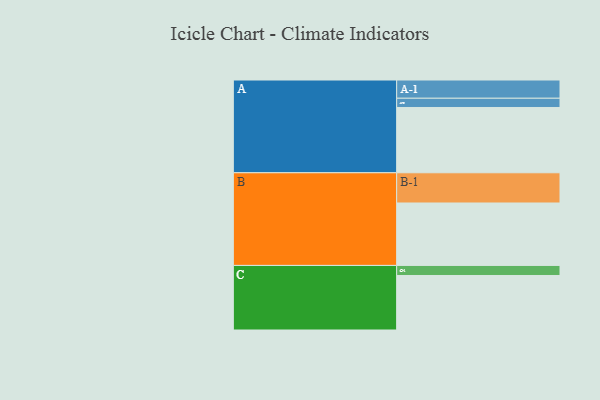
{"axis": {"x": "Segment", "y": "Value"}, "legend": ["", "A", "B", "C"], "data": [{"x": "A", "y": 551, "type": ""}, {"x": "B", "y": 527, "type": ""}, {"x": "C", "y": 460, "type": ""}, {"x": "A-1", "y": 154, "type": "A"}, {"x": "A-2", "y": 78, "type": "A"}, {"x": "B-1", "y": 255, "type": "B"}, {"x": "C-1", "y": 85, "type": "C"}]}